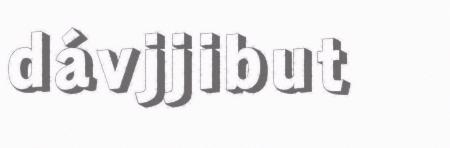
dávjjibut